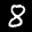
Label: 8